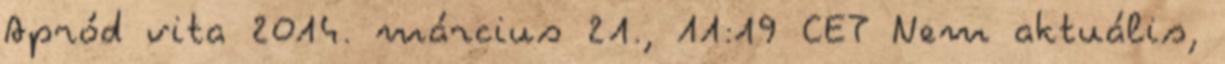
Apród vita 2014. március 21., 11:19 CET Nem aktuális,